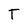
Character: T